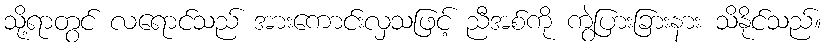
သို့ရာတွင် လရောင်သည် အားကောင်းလှသဖြင့် ညီအစ်ကို ကွဲပြားခြားနား သိနိုင်သည်။